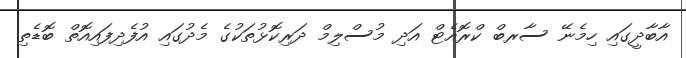
އާބާދީގައި ހިމެނޭ ސާރބް ކްރޮއެޓް އަދި މުސްލިމް ދަރިކޮޅުތަކުގެ މެދުގައި އުފެދިފައިއޮތް ބޮޑެތި